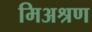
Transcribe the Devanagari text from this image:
मिअश्रण